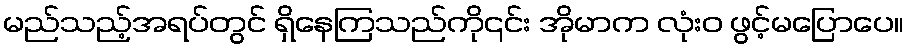
မည်သည့်အရပ်တွင် ရှိနေကြသည်ကို၎င်း အိုမာက လုံးဝ ဖွင့်မပြောပေ။